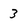
Character: 3